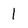
Character: 1